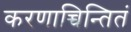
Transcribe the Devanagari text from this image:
करणाच्चिन्तितं